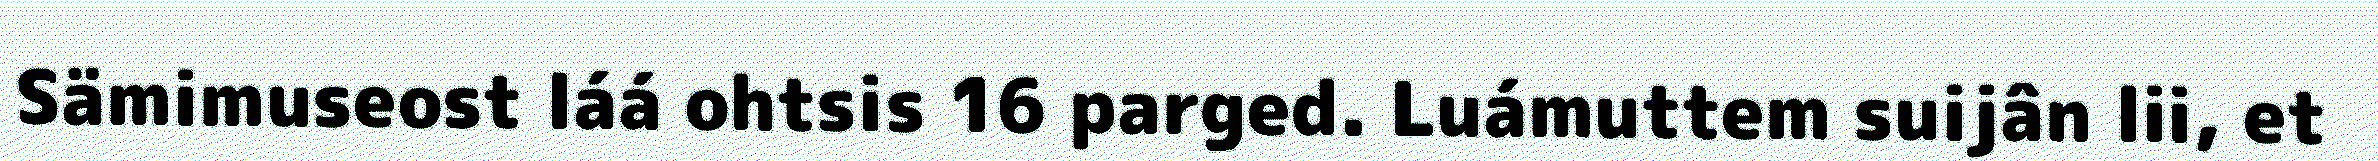
Sämimuseost láá ohtsis 16 parged. Luámuttem suijân lii, et